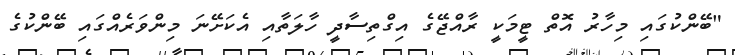
"ބޭންކުގައި މިހާރު އޮތް ޓީމަކީ ރާއްޖޭގެ އިގްތިސާދީ ހާލަތާއި އެކަށޭނަ މިންވަރެއްގައި ބޭންކުގެ